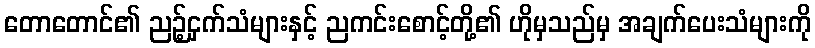
တောတောင်၏ ညဉ့်ငှက်သံများနှင့် ညကင်းစောင့်တို့၏ ဟိုမှသည်မှ အချက်ပေးသံများကို